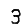
Digit: 3